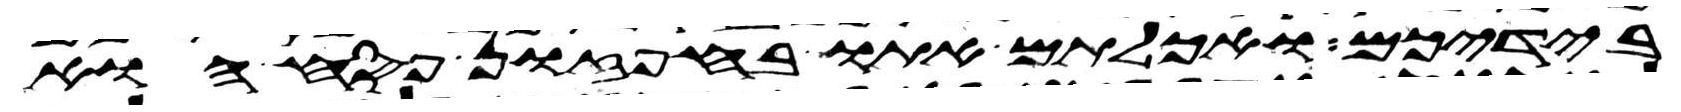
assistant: בידיכם ואכלתם אתו בחפזון פסח הוא